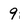
Character: 9